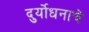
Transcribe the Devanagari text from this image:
दुर्योधनाचे